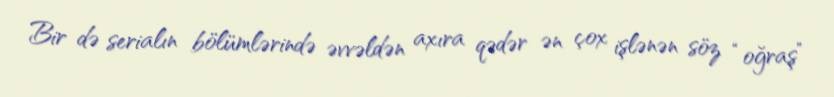
Bir də serialın bölümlərində əvvəldən axıra qədər ən çox işlənən söz “oğraş”